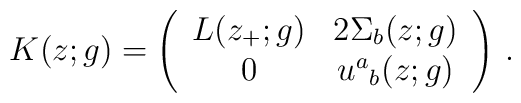
K(z;g)=\left(\begin{array}{cc}                L(z_{+};g)&2\Sigma_{b}(z;g)\\                 0&u^{a}{}_{b}(z;g)                \end{array}\right)\,.